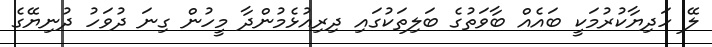
ލޭ ހަދިޔާކުރުމަކީ ބައެއް ބާވަތުގެ ބަލިތަކުގައި ދިރިއުޅެމުންދާ މީހުން ގިނަ ދުވަހު ދުނިޔޭގެ